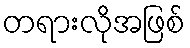
တရားလိုအဖြစ်